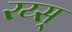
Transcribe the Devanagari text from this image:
रय्स्